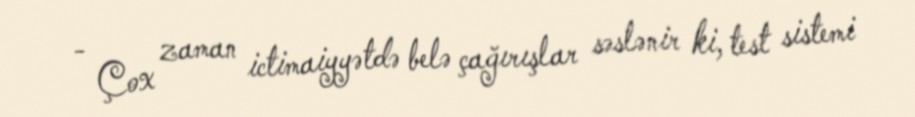
- Çox zaman ictimaiyyətdə belə çağırışlar səslənir ki, test sistemi